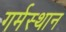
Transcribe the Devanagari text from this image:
गर्मस्थान